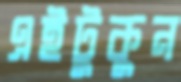
এইটুকুন